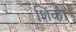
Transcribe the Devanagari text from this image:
शिंका